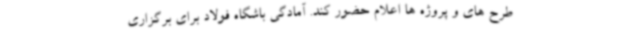
طرح های و پروژه ها اعلام حضور کند. آمادگی باشگاه فولاد برای برگزاری